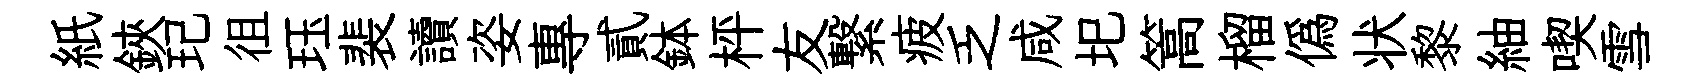
紙鋏玘徂珏裴讀姿專貳鉢枰友繋疲乏咸圯篙榴偽状黎紬喫雪